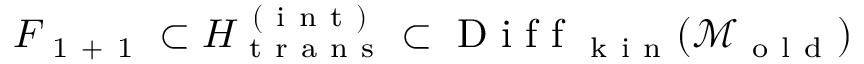
F _ { \mathrm { ~ 1 ~ + ~ 1 ~ } } \subset H _ { \mathrm { ~ t ~ r ~ a ~ n ~ s ~ } } ^ { \mathrm { ~ ( ~ i ~ n ~ t ~ ) ~ } } \subset \mathrm { ~ D ~ i ~ f ~ f ~ } _ { \mathrm { ~ k ~ i ~ n ~ } } ( \mathcal { M } _ { \mathrm { ~ o ~ l ~ d ~ } } )